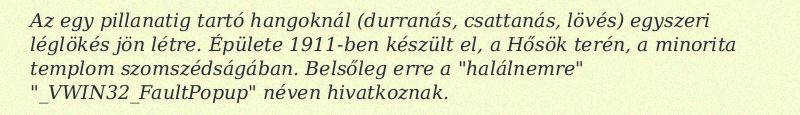
Az egy pillanatig tartó hangoknál (durranás, csattanás, lövés) egyszeri léglökés jön létre. Épülete 1911-ben készült el, a Hősök terén, a minorita templom szomszédságában. Belsőleg erre a "halálnemre" "_VWIN32_FaultPopup" néven hivatkoznak.